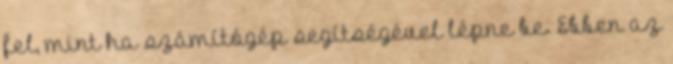
fel, mint ha számítógép segítségével lépne be. Ebben az